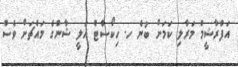
އަފްރާޝީމް މަރާލި ކަމަށް ބުނެ ހ. ހިކޯސްޓް އަލީ ޝާންގެ މައްޗަށް ވެސް